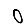
Digit: 0